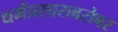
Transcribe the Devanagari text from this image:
धर्मप्रसाराबरोबर